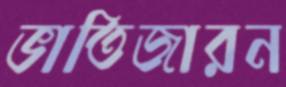
ভাতিজারন